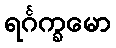
ရင်္ဂက္ခမော